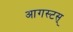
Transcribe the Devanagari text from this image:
आगस्टस्